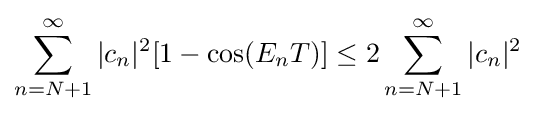
\sum _{n=N+1}^{\infty }|c_{n}|^{2}[1-\cos(E_{n}T)]\leq 2\sum _{n=N+1}^{\infty }|c_{n}|^{2}